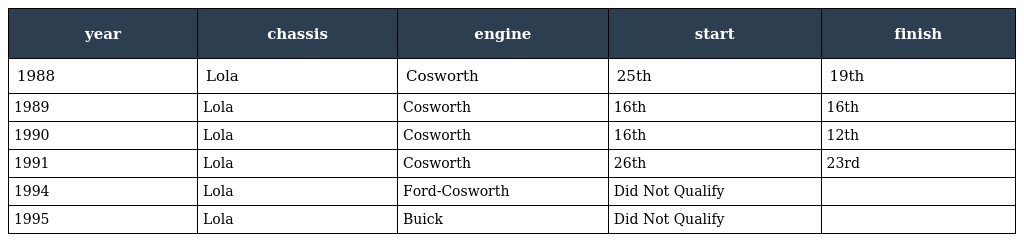
| year | chassis | engine | start | finish |
 | --- | --- | --- | --- | --- |
 | 1988 | Lola | Cosworth | 25th | 19th |
 | 1989 | Lola | Cosworth | 16th | 16th |
 | 1990 | Lola | Cosworth | 16th | 12th |
 | 1991 | Lola | Cosworth | 26th | 23rd |
 | 1994 | Lola | Ford-Cosworth | Did Not Qualify |  |
 | 1995 | Lola | Buick | Did Not Qualify |  |